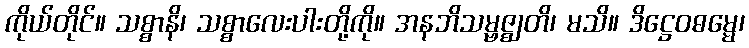
ကိုယ်တိုင်။ သစ္စာနိ၊ သစ္စာလေးပါးတို့ကို။ အနဘိသမ္ဗဇ္ဈတိ၊ မသိ။ ဒိဋ္ဌေဝဓမ္မေ၊